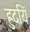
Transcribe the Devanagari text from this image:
ह्रुदयिं